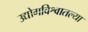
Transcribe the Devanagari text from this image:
उद्योगविश्वातल्या